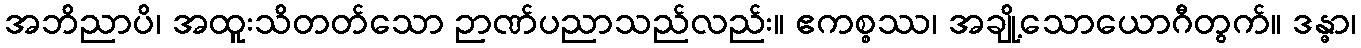
အဘိညာပိ၊ အထူးသိတတ်သော ဉာဏ်ပညာသည်လည်း။ ဧကစ္စဿ၊ အချို့သောယောဂီတွက်။ ဒန္ဓာ၊